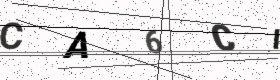
Text: CA6CI